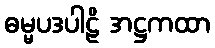
ဓမ္မပဒပါဠိ အဋ္ဌကထာ